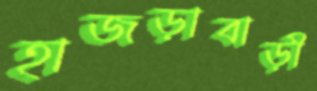
হাজড়াবাড়ী